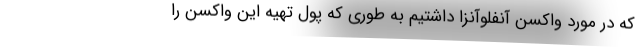
که در مورد واکسن آنفلوآنزا داشتیم به طوری که پول تهیه این واکسن را